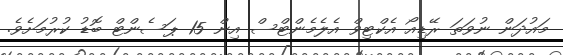
މައުދަން ނުވަތަ ރޭޑިއޯ އެކްޓިވް އެލެމެންޓްސް އިން 15 ޕަސެންޓް ބޮޑު ކުރުމަށެވެ.